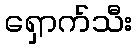
ရှောက်သီး